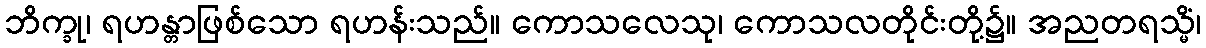
ဘိက္ခု၊ ရဟန္တာဖြစ်သော ရဟန်းသည်။ ကောသလေသု၊ ကောသလတိုင်းတို့၌။ အညတရသ္မိံ၊